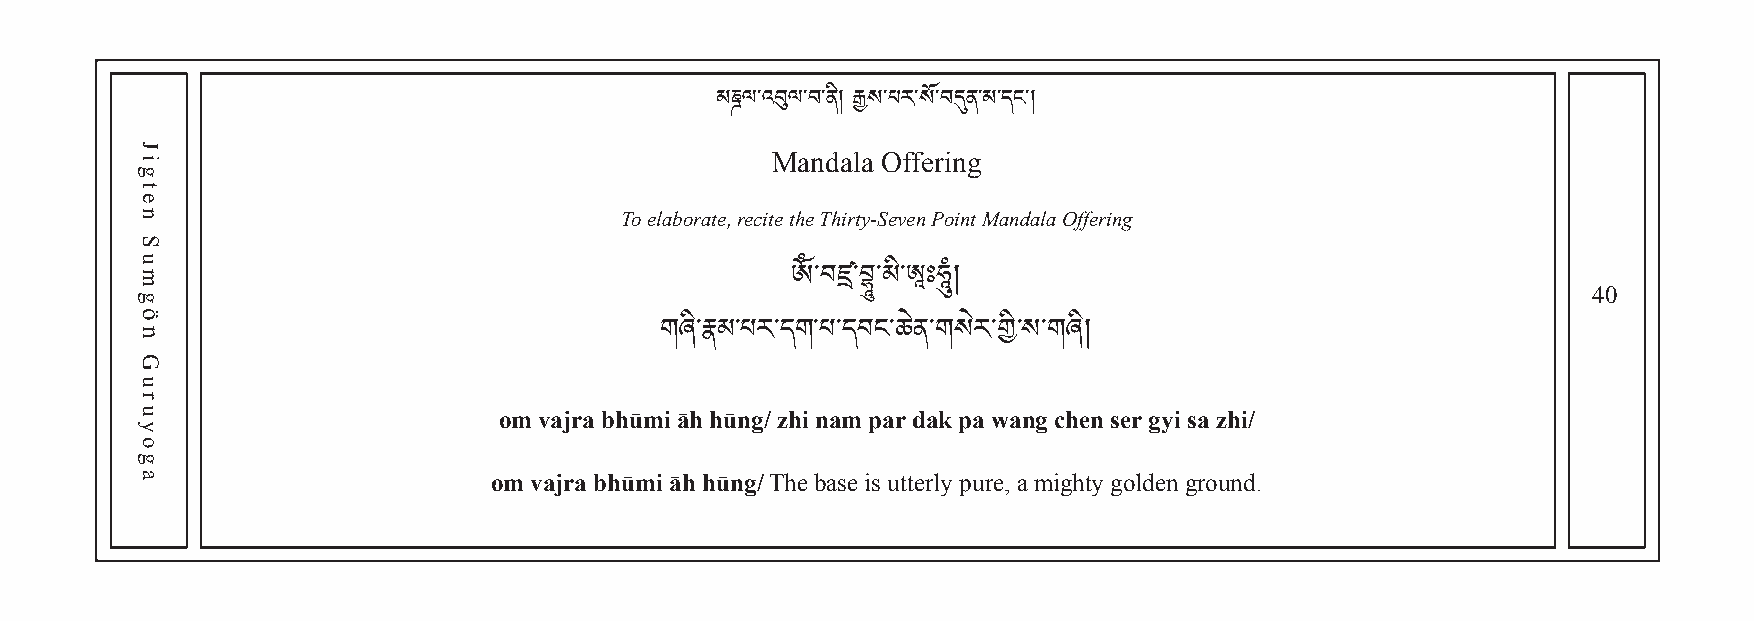
མཎྜལ་འབུལ་བ་ནི། རྒྱས་པར་སོ་བདུན་མ་དང་།
 Mandala Offering
 To elaborate, recite the Thirty-Seven Point Mandala Offering
 40
 ༀ་བཛྲ་བྷཱུ་མི་ཨཱཿཧཱུཾ།
 གཞི་རྣམ་པར་དག་པ་དབང་ཆེན་གསེར་གི་ས་གཞི།
 om vajra bhūmi āh hūng/ zhi nam par dak pa wang chen ser gyi sa zhi/
 om vajra bhūmi āh hūng/ The base is utterly pure, a mighty golden ground.
 Jigten
 Sumgön
 Guruyoga